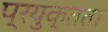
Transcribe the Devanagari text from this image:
प्रयुक्तता